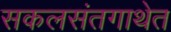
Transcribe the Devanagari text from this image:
सकलसंतगाथेत